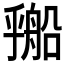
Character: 𬼔